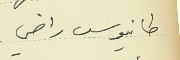
طانيوس راضي -